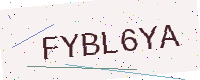
Text: FYBL6YA